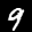
Label: 9